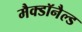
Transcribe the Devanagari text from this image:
मैक्डॉनैल्ड